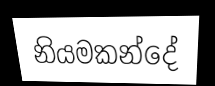
නියමකන්දේ